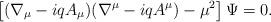
LaTeX: \begin{align*}\left[ (\nabla_\mu - i q A_\mu )( \nabla^\mu - i q A^\mu ) - \mu^2 \right] \Psi = 0. \end{align*}